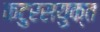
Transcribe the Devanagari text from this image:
कटुरसयुक्त